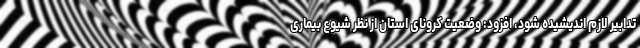
تدابیر لازم اندیشیده شود، افزود: وضعیت کرونای استان از نظر شیوع بیماری